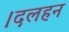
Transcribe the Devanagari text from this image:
।दलहन